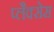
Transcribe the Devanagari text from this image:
प्लैक्सेस